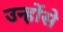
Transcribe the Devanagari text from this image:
उन्होंसे